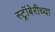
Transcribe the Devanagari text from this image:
स्ट्रॉबेरीच्या